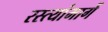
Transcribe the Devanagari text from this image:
रस्त्यांमार्गे